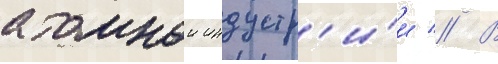
атомнои индустр'и́и // В